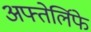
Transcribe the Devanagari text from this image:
अफ्तेर्लिफे